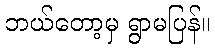
ဘယ်တော့မှ ရွာမပြန်။